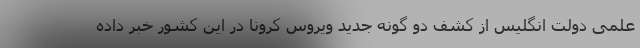
علمی دولت انگلیس از کشف دو گونه جدید ویروس کرونا در این کشور خبر داده